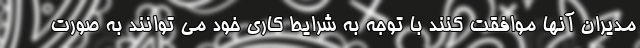
مدیران آنها موافقت کنند با توجه به شرایط کاری خود می ‌توانند به صورت